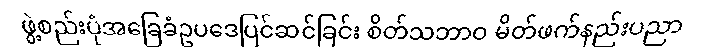
ဖွဲ့စည်းပုံအခြေခံဥပဒေပြင်ဆင်ခြင်း စိတ်သဘာဝ မိတ်ဖက်နည်းပညာ